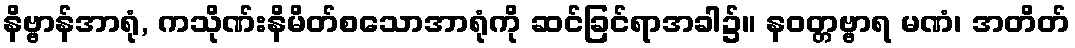
နိဗ္ဗာန်အာရုံ, ကသိုဏ်းနိမိတ်စသောအာရုံကို ဆင်ခြင်ရာအခါ၌။ နဝတ္တဗ္ဗာရ မဏံ၊ အတိတ်